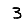
Digit: 3